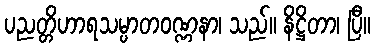
ပညတ္တိဟာရသမ္ပာတဝဏ္ဏနာ၊ သည်။ နိဋ္ဌိတာ၊ ပြီ။